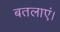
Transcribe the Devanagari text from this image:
बतलाएं।